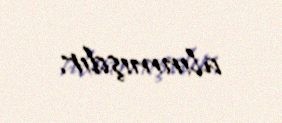
alınmışdır.